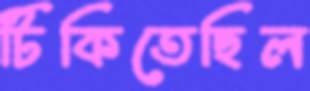
টিকিতেছিল